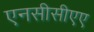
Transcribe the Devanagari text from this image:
एनसीसीएए